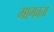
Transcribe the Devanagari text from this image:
मागवता